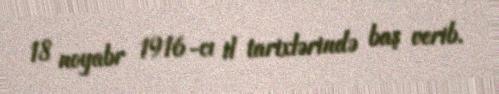
18 noyabr 1916-cı il tarixlərində baş verib.